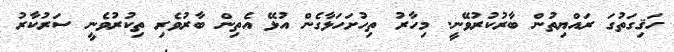
ހަޤިގަތުގަ ރައްޔިތުން ބާރުކުރުވޭނީ. މިހާރު ތިހުށަހަޅާގެން އުޅޭ އެތިން ބާރުވެރި ތިކުރުވެނީ ސަރުކާރު